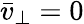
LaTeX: \bar{v}_{\perp}=0